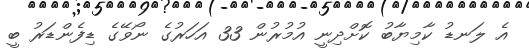
އެ ލަނޑު ކާމިޔާބު ކޮށްދިނީ އުމުރުން 33 އަހަރުގެ ނޯވޭގެ ޑިފެންޑަރު ބީ